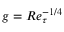
g = R e _ { \tau } ^ { - 1 / 4 }